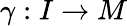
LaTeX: \gamma:I\rightarrow M